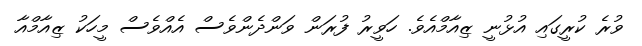
ވުރެ ކުރީގައި އުޅުނީ ޒިއާމްއެވެ. ހަވީރު ފުރަން ވަންދެންވެސް އެއްވެސް މީހަކު ޒިއާމްއާ